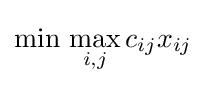
\min \,\max _{i,j}c_{ij}x_{ij}